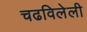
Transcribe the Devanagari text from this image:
चढविलेली